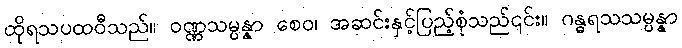
ထိုရသပထဝီသည်။ ဝဏ္ဏသမ္ပန္နာ စေဝ၊ အဆင်းနှင့်ပြည့်စုံသည်၎င်း။ ဂန္ဓရသသမ္ပန္နာ